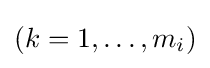
(k=1,\ldots ,m_{i})